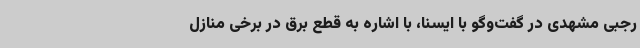
رجبی مشهدی در گفت‌وگو با ایسنا، با اشاره به قطع برق در برخی منازل